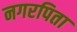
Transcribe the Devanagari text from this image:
नगरपिता